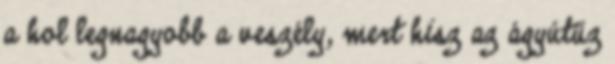
a hol legnagyobb a veszély, mert hisz az ágyútűz